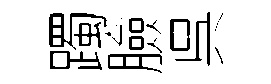
躅臉呉